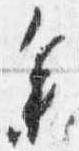
参